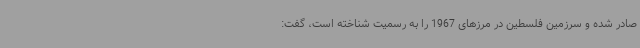
صادر شده و سرزمین فلسطین در مرزهای 1967 را به رسمیت شناخته است، گفت: